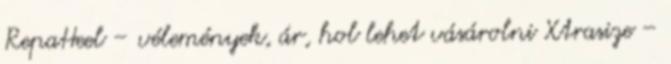
RepaHeel – vélemények, ár, hol lehet vásárolni Xtrasize –